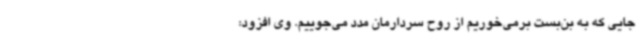
جایی که به بن‌بست برمی‌خوریم از روح سردارمان مدد می‌جوییم. وی افزود: